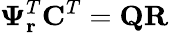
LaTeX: \mathbf{\Psi}_{\mathbf{r}}^{T}\mathbf{C}^{T}=\mathbf{QR}